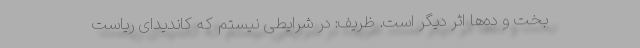
بخت و ده‌ها اثر دیگر است. ظریف: در شرایطی نیستم که کاندیدای ریاست